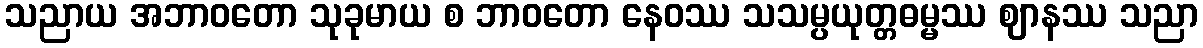
သညာယ အဘာဝတော သုခုမာယ စ ဘာဝတော နေဝဿ သသမ္ပယုတ္တဓမ္မဿ ဈာနဿ သညာ